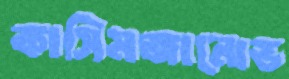
কাসিমজানোভ